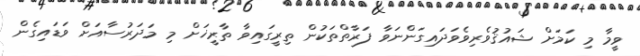
ވީމާ މި ކަމަށް ޝައުޤުވެރިވެވަދައިގަންނަވާ ފަރާތްތަކުން ތިރީގައިވާ ތާރީޚަށް މި މަދަރުސާއަށް ވަޑައިގެން